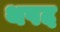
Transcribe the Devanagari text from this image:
थपद